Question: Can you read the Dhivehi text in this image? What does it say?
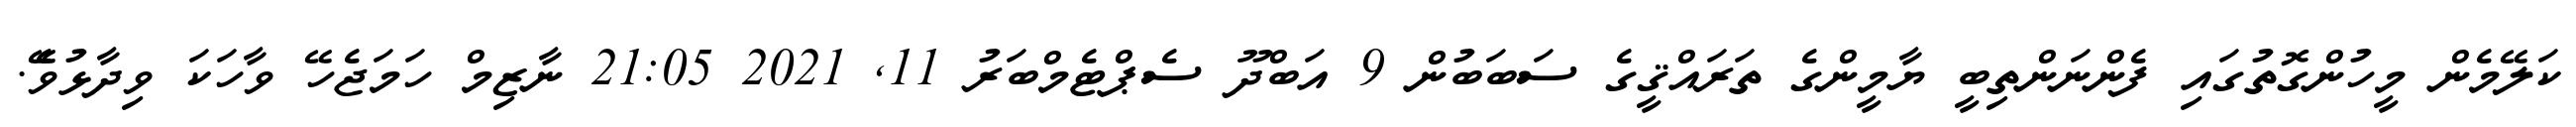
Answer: ކަލޭމެން މީހުންގޮތުގައި ފެންނަންތިބީ ޔާމީންގެ ތަރައްޤީގެ ސަބަބުން 9 އަބްދޫ ސެޕްޓެމްބަރު 11, 2021 21:05 ނާޒިމް ހަމަޖެހޭ ވާހަކަ ވިދާޅުވެޭ.